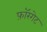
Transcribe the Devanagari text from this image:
फ़ॉरगेट